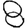
Digit: 8